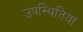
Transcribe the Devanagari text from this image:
उपस्थितियां